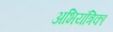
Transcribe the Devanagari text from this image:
अभियंत्रिका